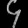
Digit: ၄